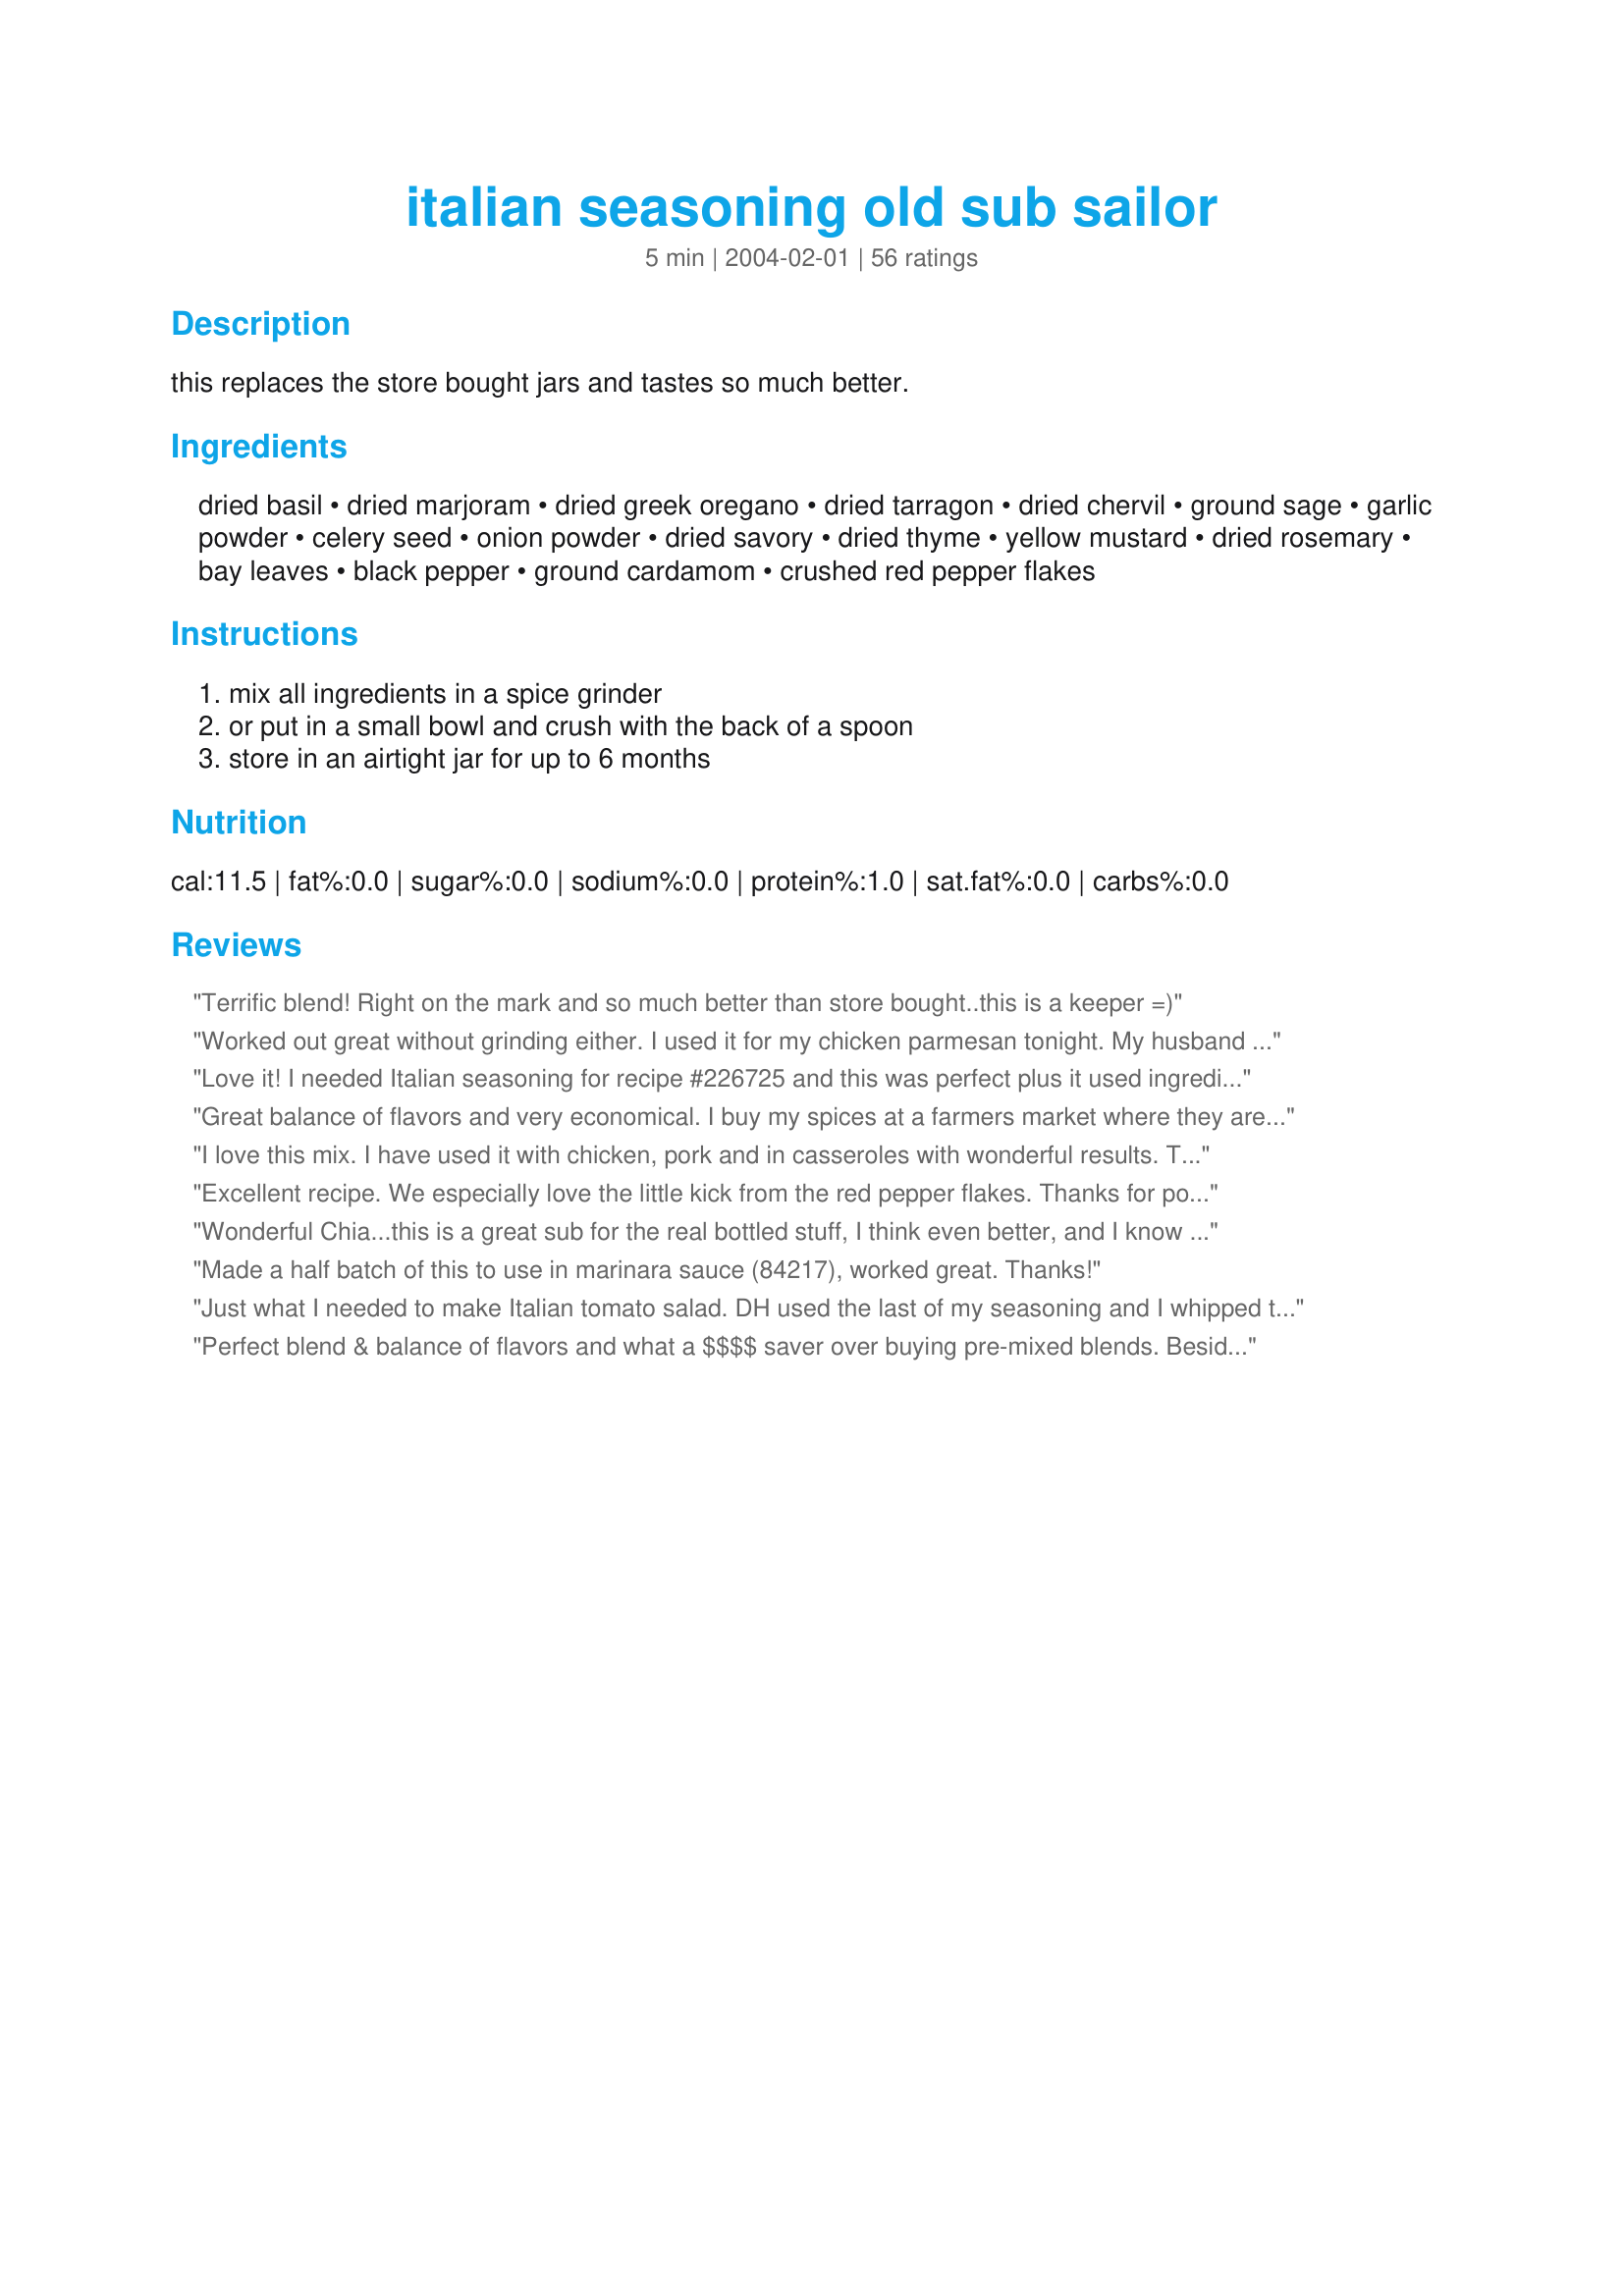
italian seasoning old sub sailor
Preparation time: 5 minutes

this replaces the store bought jars and tastes so much better.

Ingredients:
dried basil, dried marjoram, dried greek oregano, dried tarragon, dried chervil, ground sage, garlic powder, celery seed, onion powder, dried savory, dried thyme, yellow mustard, dried rosemary, bay leaves, black pepper, ground cardamom, crushed red pepper flakes

Steps:
mix all ingredients in a spice grinder, or put in a small bowl and crush with the back of a spoon, store in an airtight jar for up to 6 months

Reviews:
Terrific blend! Right on the mark and so much better than store bought..this is a keeper =)
Worked out great without grinding either. I used it for my chicken parmesan tonight. My husband loved it!
Love it! I needed Italian seasoning for recipe #226725 and this was perfect plus it used ingredients that I had on hand. Thanks for sharing your recipe!
Great balance of flavors and very economical. I buy my spices at a farmers market where they are so affordable and fresh... so easy to whip up a batch of this everytime I buy fresh spices b/c I always have all the ingredients on hand. I have used this is so many recipes... way too many to list. The taste is so bold compared to the pre mix that has sat on the shelves for who knows how long!!! Thanks for posting!!!
I love this mix. I have used it with chicken, pork and in casseroles with wonderful results. Thank you for the great blend!
Excellent recipe. We especially love the little kick from the red pepper flakes. Thanks for posting, Chia!
Wonderful Chia...this is a great sub for the real bottled stuff, I think even better, and I know what goes in to it also, which is a big plus. I will make up lots of this next time and keep it in my pantry...thanks for posting, this is a winner....KC :-)
Made a half batch of this to use in marinara sauce (84217), worked great. Thanks!
Just what I needed to make Italian tomato salad. DH used the last of my seasoning and I whipped this up in seconds. I did process it as dried Rosemary can be too toothsome.
Perfect blend & balance of flavors and what a $$$$ saver over buying pre-mixed blends. Besides, having home labeled spice jars on my shelves is an added cool bonus. Thanks, Chia.
I made a double batch in my blender..Thank U for this recipe...
This is great, I tripled the recipe because Italian seasoning is something I use a lot of. This smells and taste so good. I mixed it all together in my small food procceser worked great. Thank you chia, I sure won't be buying Italian seasoning again.
I really appreciate this recipe. I have know idea why, I always thought Italian seasonings was just a blend that consisted of Basil, Oregano and parsley. Yet another lesson for this aspiring chef.
Hi chia, we made this seasoning & it turned out great! I was dabbling around with the menu and I saw that they always used some "latin" type spices for the food. They never bought the spices in large quantities because they wouldn't get used up - so I solved the problem: went to the gourmet shop, bought the spices needed, and then made the Italian Seasoning. I went easy on the basil(personal preference)& the red pepper. It was/is wonderful! Much better than store-bought. Thanks again for posting, Diane :=)
Had a recipe call for Italian seasoning, so I needed a recipe. This site never lets me down. Perfect flavors! I didn&#039;t have enough basil so I did without. Wonderful! My 9 year old ate the ham and cheese spirals that I used this in and said it tasted great. Thanks!
Uuummmmm a seasoned Italian; sounds like something I'd like! Made for Mediterranean Photo Tag.
I will never buy Italan Seasoning again Thanks for the great recipe
Threw all this together and pulsed it in my mini chopper a few times for a flavourful seasoning blend. I had no onion powder (gasp!), so used dehydrated onion flakes instead with no problems. I've got lots of the mix left over for next time I need it. Thanks!
I loved this recipe! I used it in an Italian Meatloaf recipe that I have & it tasted wonderful!!!
This is a great recipe. I always have these dried herbs so this is perfect. I omitted the red pepper flakes. Thanks Esoterica :) Made for cookbook tag game
Sorry, but the math doesn't quite add up. Forgetting the confusion over the black vs red ingredients, the sum total yield of all these ingredients is 12.3 tbs. and not the 14 tbs. stated at the top left. I too am baffled by the red and black ingredients because they would not even taste the same if you compared all black vs all red ingredients.
This smells wonderful! I didn&#039;t have any dried rosemary, so I substituted dried sage instead (I added about a tablespoon). I mixed everything in a jar and didn&#039;t bother with grinding it. Just shake the jar before using to mix all herbs together well. I can&#039;t wait to try this on chicken breast! Thanks for sharing, chia!!
Excellent!
I make this all the time and use it often. It's so much cheaper than buying it too!
Terrific recipe Chia Thanks!
I grow most of these herbs and to have a great recipe and the freshness is amazing. I also use a motar and pestle to grind the ingredients. Hapy cooking!! Thanx Dianne
I was out of jarred Italian seasoning, so I made this tonight to spice a pork roast I was making. I tasted it before putting it on the roast and it is so fresh-tasting and the combination of spices are perfect. I'll never buy jarred again; this is SO much better.
Yum! I use Italian seasoning a lot and I was finally out of my store bought container...I've been waiting to make my own so I whipped this up. It's just what I was looking for! I combined all the ingred. and vigorously shook the container, no grinder necessary for me. I used this to rub the beer can chicken I was grilling. It came out fantastic! I also sprinkled some on garlic bread, delicious. This is now my Italian seasoning mix too. Thanks Chia!
Perfect!
Flavorful blend that made great use of the herbs and spices already in my pantry. So glad to run across this gem of a recipe! Thanks Chia!
Cheap and easy to make. It makes a little more than 10 Tbsp though because the first 3 ingredients total 9 Tbsp already ;-)
We were taught by my Italian relatives a cuisine known to five-star star chefs as &quot;la pauvre cuisine&quot; which roughly means &quot;the poor cuisine&quot; which is also synonymous with southern Italian cooking. Neapolitan. So, in this wonderful world of the originators of pizza pie and red tomato pasta sauce, they rarely if ever used rosemary and thyme, those herbs are respectable and have their place but in my sauce is not one of them. This recipe I view as more of a northern Italian spice blend, so I omit thyme and rosemary. I also omit the garlic powder and onion powder, preferring to add those separately to taste, really a purist would say to &quot;sweat&quot; or lightly simmer the minced fresh garlic first in olive oil before adding tomatoes, but that takes time and money I'm not willing to part with. All that having been said, I was looking for a recipe like this to make cooking easier than my mothers style, which was add a little and taste, add a little and taste, standing over each pot for at least an hour. No time for that in this world, so this prevents all that and comes out great! I make a huge batch and use it often. It's very practical AND most importantly, DELICIOUS. This is a keeper, we will never buy store-bought again. Thanks for sharing this recipe!
We were out and needed a few spoonfulls to complete another recipe. Thanks for saving the day.
next time, don't grind
I have made this twice now and it is great. I use it in all sorts of things. Mixed with butter it makes a really nice spread for garlic bread, too.
I have to admit that when I first saw this recipe and the contents that I thought there was too much green in it, but I made this recipe exactly as it said and fried some turkey dogs in it to put into a premade tomato basil sauce that I have. After I put the sauce on the turkey dogs that had the seasoning and tasted it, it tasted absolutely heavenly. Thank you so much for putting this up! A lot of recipes call for &quot;Italian seasoning,&quot; but the store bought Italian seasoning only has the greens and not the stuff I really love. I&#039;m going to try this when I make the meat for my baked ziti. So far I&#039;ve been having troubles getting the meat to taste right.
I think this dish has a lot of potential, and I'm sure I'll will be make it again. Before attempting this again, I'll have to figure out what seasonings to use, by reading all of the review, and see that will work for others, and than for me, to make it more flavorful or lot better for me to do! Anyway, excellent to do a SCRATCH on recipes. The more I play with my food, the more I love cooking, to make a recipe that will work for me, that is!! Than I can do the happy food dance!! I've will added this to my recipe book with my additions. THANK YOU!! I like this recipe because I can add or omit what I want. Very good to have around! 20 Stars in my Home !!!
Thanks!
I use this all the time when I am cooking, as I cook Italian a lot! This comes in so handy! Thank you for sharing!
I like this recipe because I can add or omit what I want. I do not care for rosemary so when I mixed up a 1/3 batch of this for meatloaf I didn't have to add that herb. Very good to have around!
Very nice. I added a little allepo pepper, ground anise and fennel seed. Bring on the spaghetti!
this is a wonderful seasonig i loved it on my pork chops. Thank You
Thanks for the good recipe! I am using it tonight after running out of purchased blend. It smells heavenly!
I give this five stars because it is robust and flavorful, and onion and garlic free, which is what I wanted because I am allergic to both. It is very difficult to find tasty seasonings for ANYTHING that don't include either of those ingredients. THIS one is definitely a keeper and a lifesaver!
 found this on eebrags site its really good cheaper than buying those packets
excellent blend and so easy to make now have a large jar will give some to friends
Made this for Zaar Cookbook Tag 2011 because I needed some Italian seasoning and I had all the ingredients so this was perfect! Definately will use this again and again...of course I did make a triple batch to have some on hand. Thank you for submitting the recipe.
Great replacement for those costly seasoning mixes. Smells and tastes very good! Thanks for sharing this wonderful recipe.
Works and lets me skip the dried thyme in Italian seasoning as we don't like it. I put a bit of marjoram in it's place. I think I would leave out the rosemary if I make this again.
Perfect balance!
Thank you for a great recipe. I use this often and I believe it is the reason my spaghetti sauce is so darn good.
I have made this recipe several times now and have used the seasoning in sauce, vinaigrette, bread loaves & egg dishes-just to name a few. I love that I use spices already in my cabinet making this easy & inexpensive to make. If you do not grind the spices, then yes, you end up with more than 7 tbsp. However, if you do grind them or use a morter & pestal you will end up with about 7-8 tbsp.
Just polished off the first batch and I'm onto my second batch. This has just the right balance. Thanks for posting!
I did not have Italian-style tomato sauce so I made this to mix in with 15 ounces of plain tomato sauce. Used 1 tablespoon of this mix in the sauce. Worked out rather nicely.
I tried this Italian Seasoning on some Steamed Salmon &amp; It&#039;s great on Fish dishes also, &amp; Chicken also. Thanks for putting this up, As this will be my go to seasoning from now on, Instead of the store bought stuff, That you don&#039;t know how long it&#039;s been sitting on the Grocers Shelves.?
thanks for the recipe! i didn't have basil, parsley, or onion powder unfortunately. so i substituted a little of mccormick's montreal chicken seasoning. lol, that seems odd but it came out nice! i grinded everything in our coffe grinder reserved for spices.
Excellent - just what I needed to complete my recipe!
